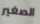
الصغير